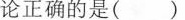
论正确的是( )